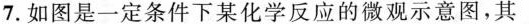
7.如图是一定条件下某化学反应的微观示意图，其